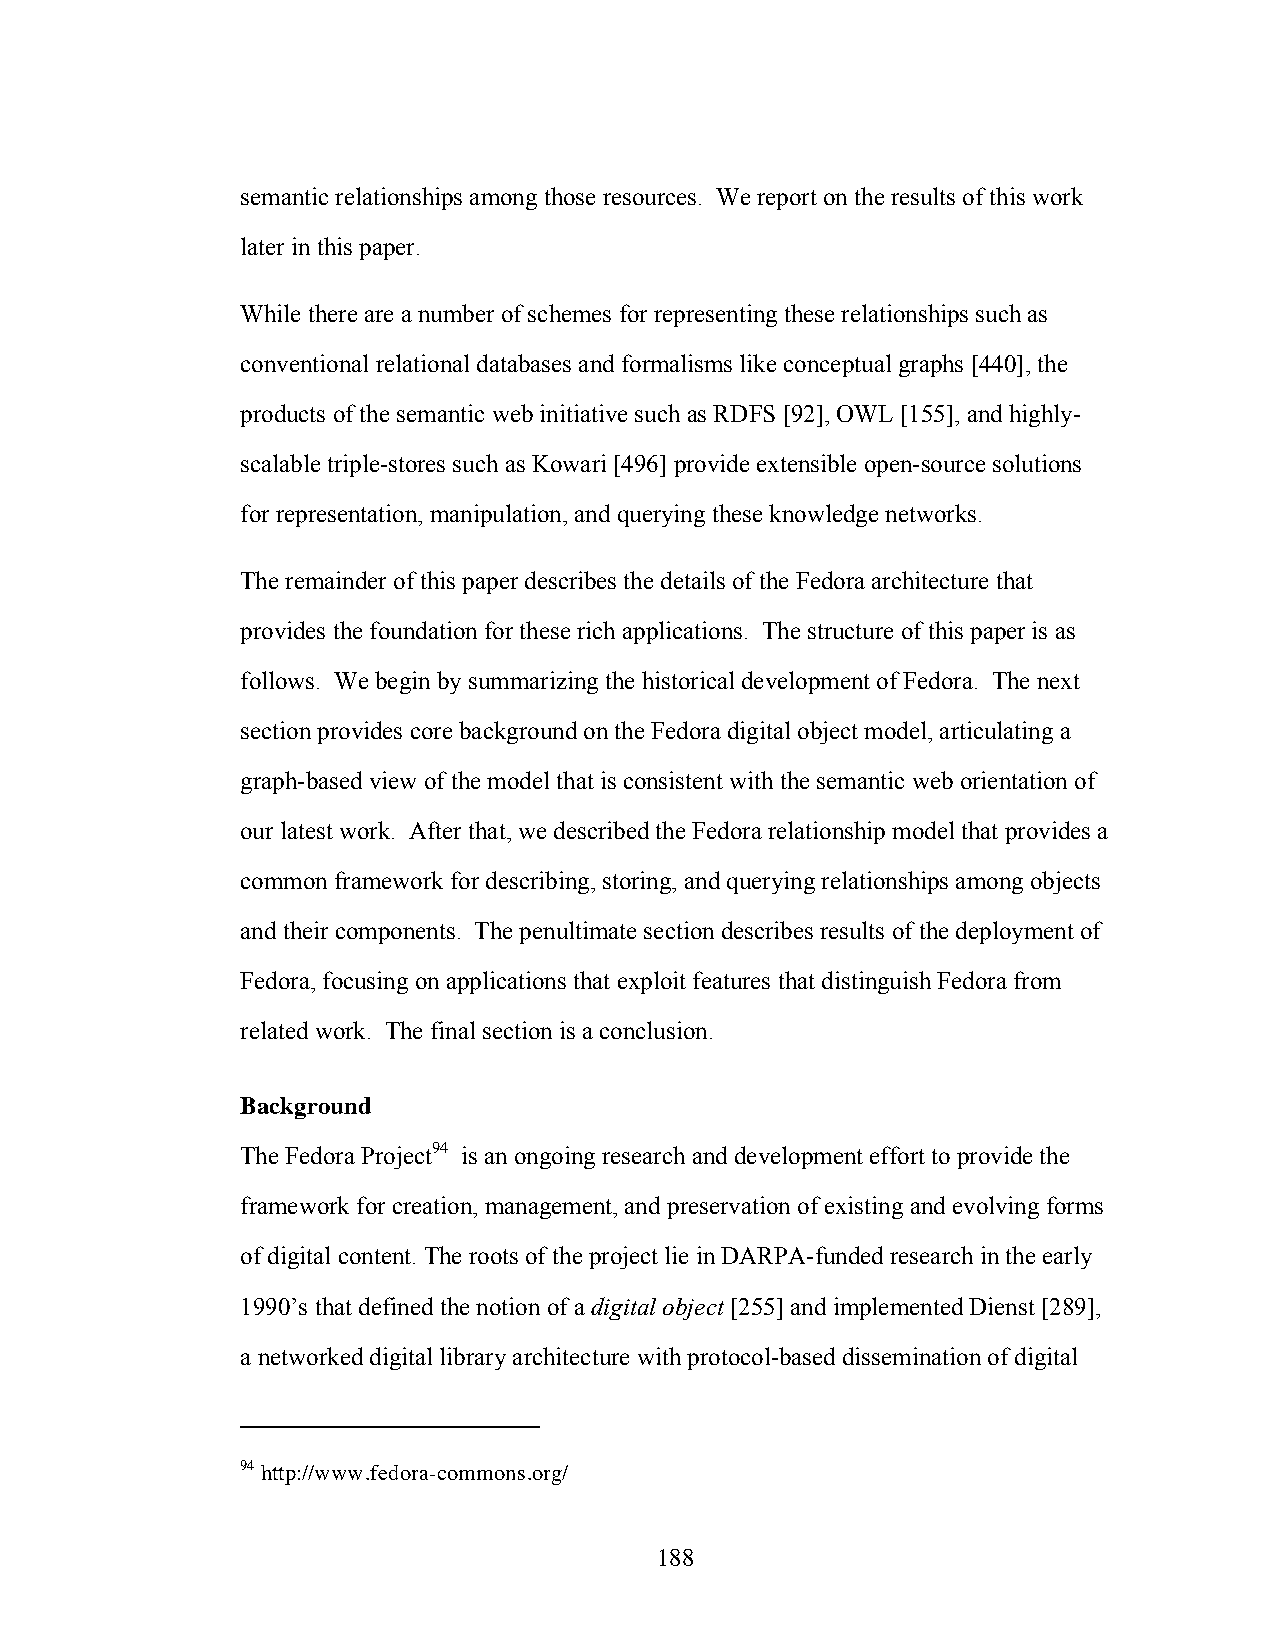
semantic relationships among those resources. We report on the results of this work
 later in this paper.
 While there are a number of schemes for representing these relationships such as
 conventional relational databases and formalisms like conceptual graphs [440], the
 products of the semantic web initiative such as RDFS [92], OWL [155], and highly-
 scalable triple-stores such as Kowari [496] provide extensible open-source solutions
 for representation, manipulation, and querying these knowledge networks.
 The remainder of this paper describes the details of the Fedora architecture that
 provides the foundation for these rich applications. The structure of this paper is as
 follows. We begin by summarizing the historical development of Fedora. The next
 section provides core background on the Fedora digital object model, articulating a
 graph-based view of the model that is consistent with the semantic web orientation of
 our latest work. After that, we described the Fedora relationship model that provides a
 common framework for describing, storing, and querying relationships among objects
 and their components. The penultimate section describes results of the deployment of
 Fedora, focusing on applications that exploit features that distinguish Fedora from
 related work. The final section is a conclusion.
 Background
 The Fedora Project94 is an ongoing research and development effort to provide the
 framework for creation, management, and preservation of existing and evolving forms
 of digital content. The roots of the project lie in DARPA-funded research in the early
 1990’s that defined the notion of a digital object [255] and implemented Dienst [289],
 a networked digital library architecture with protocol-based dissemination of digital
 94 http://www.fedora-commons.org/
 188